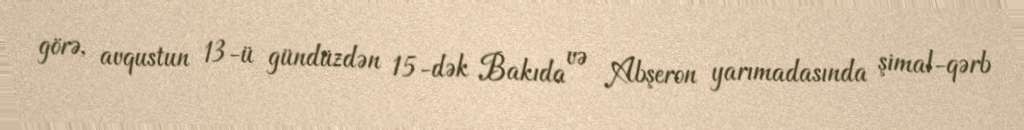
görə, avqustun 13-ü gündüzdən 15-dək Bakıda və Abşeron yarımadasında şimal-qərb